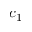
c _ { 1 }